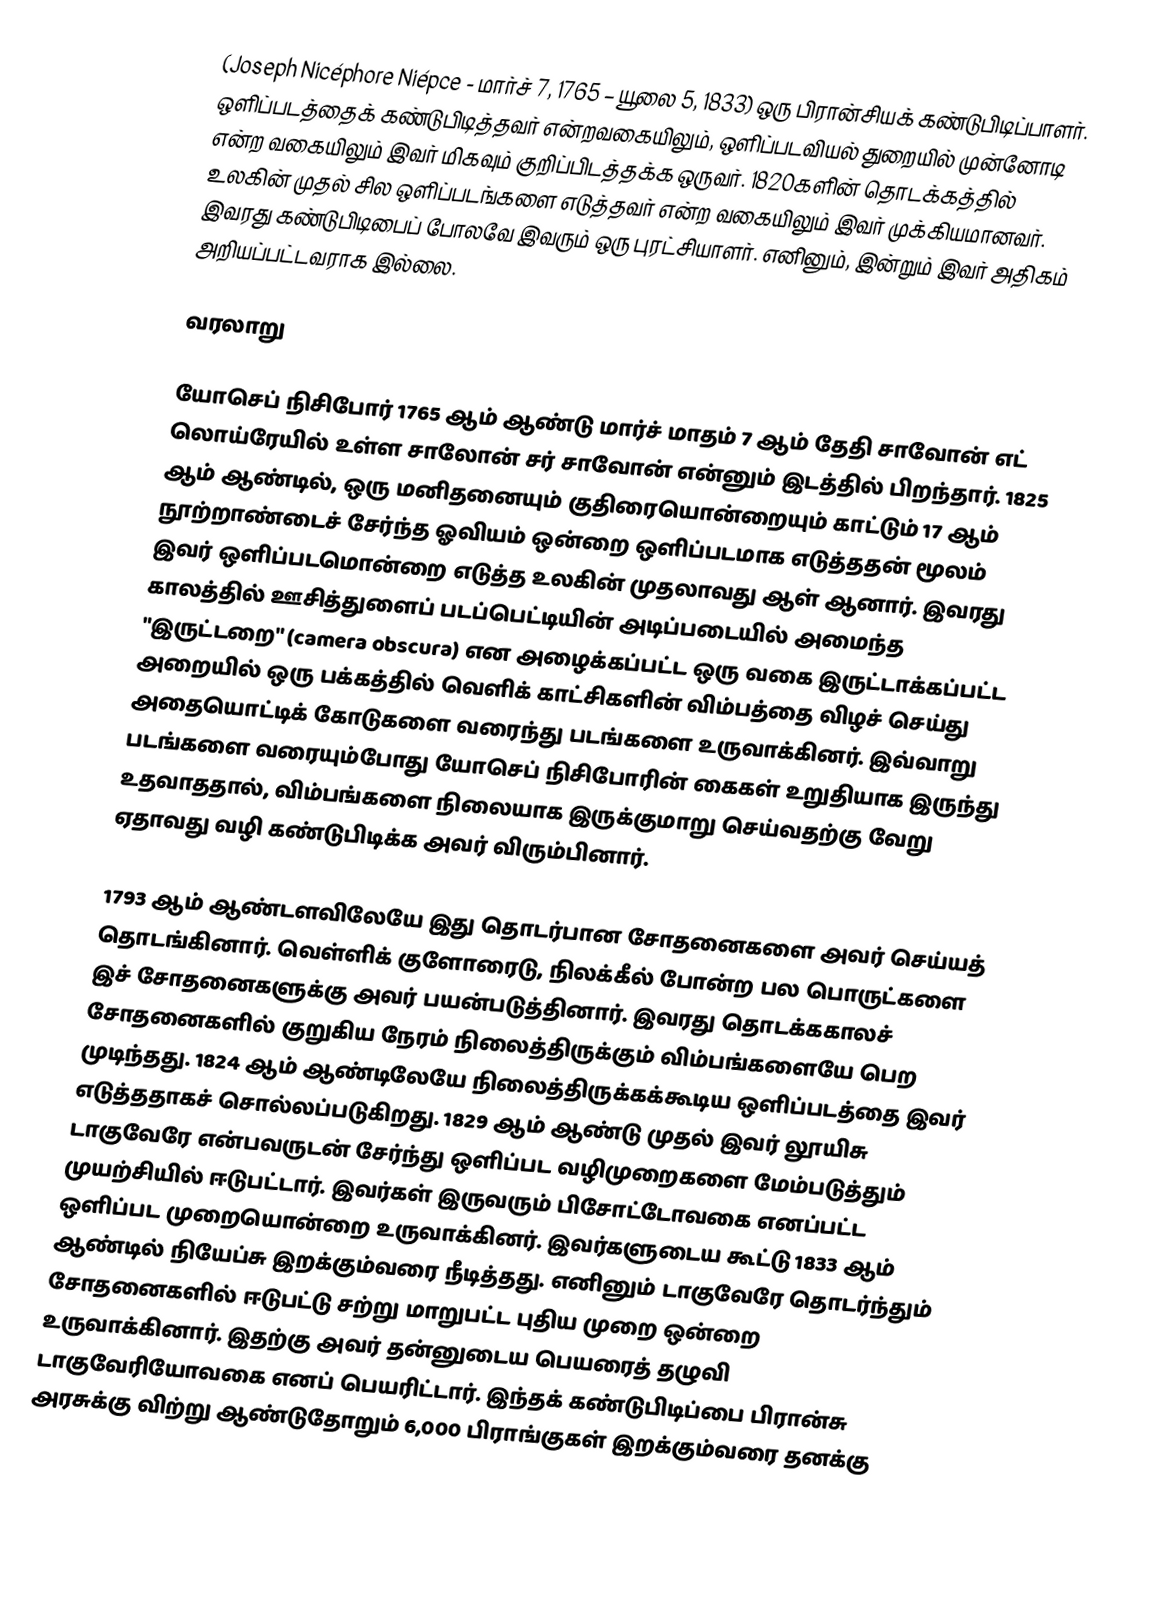
(Joseph Nicéphore Niépce - மார்ச் 7, 1765 – யூலை 5, 1833) ஒரு பிரான்சியக் கண்டுபிடிப்பாளர். ஒளிப்படத்தைக் கண்டுபிடித்தவர் என்றவகையிலும், ஒளிப்படவியல் துறையில் முன்னோடி என்ற வகையிலும் இவர் மிகவும் குறிப்பிடத்தக்க ஒருவர். 1820களின் தொடக்கத்தில் உலகின் முதல் சில ஒளிப்படங்களை எடுத்தவர் என்ற வகையிலும் இவர் முக்கியமானவர். இவரது கண்டுபிடிபைப் போலவே இவரும் ஒரு புரட்சியாளர். எனினும், இன்றும் இவர் அதிகம் அறியப்பட்டவராக இல்லை.

வரலாறு

யோசெப் நிசிபோர் 1765 ஆம் ஆண்டு மார்ச் மாதம் 7 ஆம் தேதி சாவோன் எட் லொய்ரேயில் உள்ள சாலோன் சர் சாவோன் என்னும் இடத்தில் பிறந்தார். 1825 ஆம் ஆண்டில், ஒரு மனிதனையும் குதிரையொன்றையும் காட்டும் 17 ஆம் நூற்றாண்டைச் சேர்ந்த ஓவியம் ஒன்றை ஒளிப்படமாக எடுத்ததன் மூலம் இவர் ஒளிப்படமொன்றை எடுத்த உலகின் முதலாவது ஆள் ஆனார். இவரது காலத்தில் ஊசித்துளைப் படப்பெட்டியின் அடிப்படையில் அமைந்த "இருட்டறை" (camera obscura) என அழைக்கப்பட்ட ஒரு வகை இருட்டாக்கப்பட்ட அறையில் ஒரு பக்கத்தில் வெளிக் காட்சிகளின் விம்பத்தை விழச் செய்து அதையொட்டிக் கோடுகளை வரைந்து படங்களை உருவாக்கினர். இவ்வாறு படங்களை வரையும்போது யோசெப் நிசிபோரின் கைகள் உறுதியாக இருந்து உதவாததால், விம்பங்களை நிலையாக இருக்குமாறு செய்வதற்கு வேறு ஏதாவது வழி கண்டுபிடிக்க அவர் விரும்பினார்.

1793 ஆம் ஆண்டளவிலேயே இது தொடர்பான சோதனைகளை அவர் செய்யத் தொடங்கினார். வெள்ளிக் குளோரைடு, நிலக்கீல் போன்ற பல பொருட்களை இச் சோதனைகளுக்கு அவர் பயன்படுத்தினார். இவரது தொடக்ககாலச் சோதனைகளில் குறுகிய நேரம் நிலைத்திருக்கும் விம்பங்களையே பெற முடிந்தது. 1824 ஆம் ஆண்டிலேயே நிலைத்திருக்கக்கூடிய ஒளிப்படத்தை இவர் எடுத்ததாகச் சொல்லப்படுகிறது. 1829 ஆம் ஆண்டு முதல் இவர் லூயிசு டாகுவேரே என்பவருடன் சேர்ந்து ஒளிப்பட வழிமுறைகளை மேம்படுத்தும் முயற்சியில் ஈடுபட்டார். இவர்கள் இருவரும் பிசோட்டோவகை எனப்பட்ட ஒளிப்பட முறையொன்றை உருவாக்கினர். இவர்களுடைய கூட்டு 1833 ஆம் ஆண்டில் நியேப்சு இறக்கும்வரை நீடித்தது. எனினும் டாகுவேரே தொடர்ந்தும் சோதனைகளில் ஈடுபட்டு சற்று மாறுபட்ட புதிய முறை ஒன்றை உருவாக்கினார். இதற்கு அவர் தன்னுடைய பெயரைத் தழுவி டாகுவேரியோவகை எனப் பெயரிட்டார். இந்தக் கண்டுபிடிப்பை பிரான்சு அரசுக்கு விற்று ஆண்டுதோறும் 6,000 பிராங்குகள் இறக்கும்வரை தனக்கு